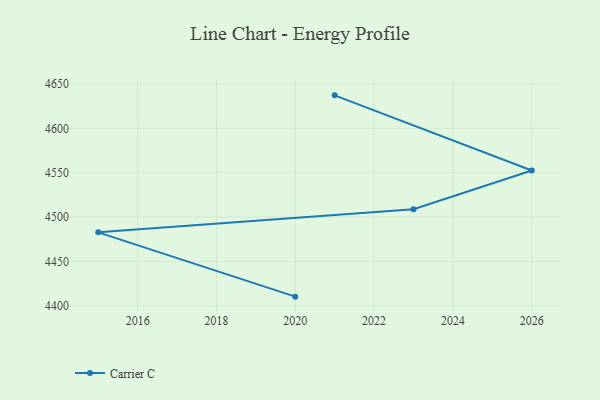
{"axis": {"x": "Year", "y": "Temperature (°C)"}, "legend": ["Carrier C"], "data": [{"x": "2020", "y": 4410.1, "type": "Carrier C"}, {"x": "2015", "y": 4482.7, "type": "Carrier C"}, {"x": "2023", "y": 4508.8, "type": "Carrier C"}, {"x": "2026", "y": 4552.5, "type": "Carrier C"}, {"x": "2021", "y": 4637.3, "type": "Carrier C"}]}